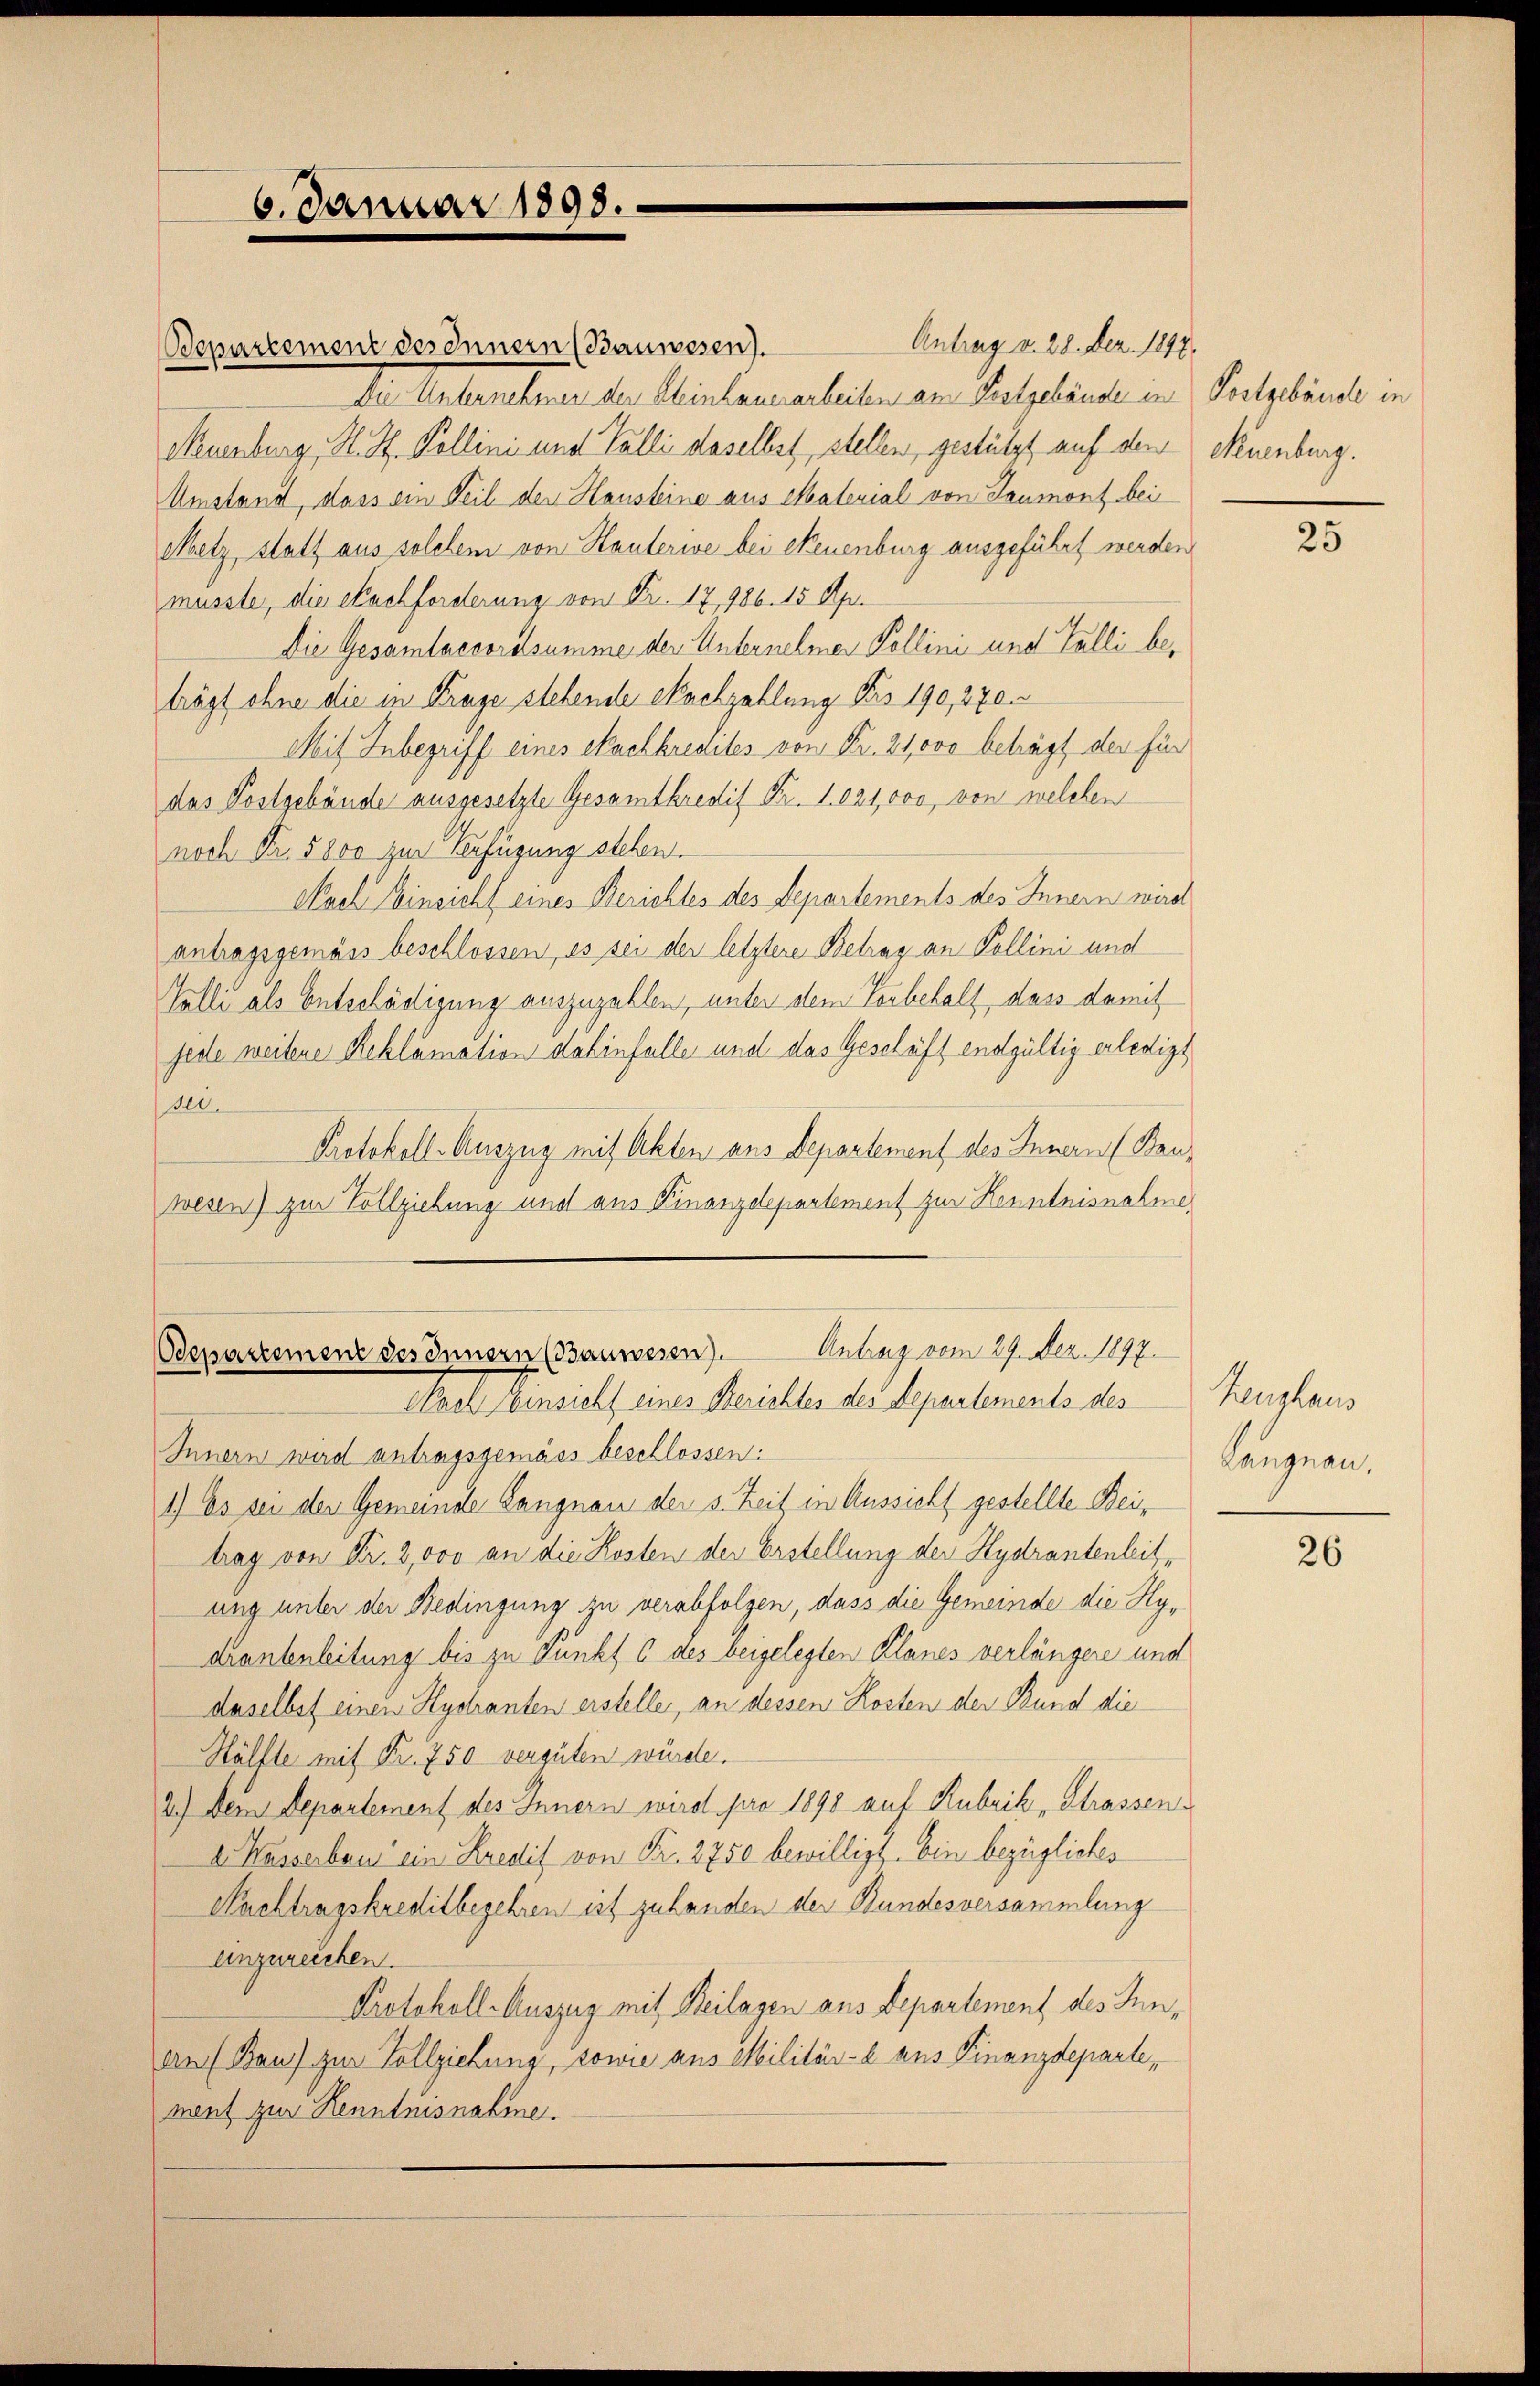
6. Januar 1898.

Antrag v. 28. Dez. 1847.
Bepartement des Innern (Bauwesen).
Die Unternehmer der Kleinhauerarbeiten am Postgebäude in Postgebäude in
Neuenburg S. St. Pollini und Palli daselbst, stellen, gestützt auf den
Umstand, dass ein Teil der Hausteine aus Material von Leumont bei
Metz, statt aus solchem von Hauterive bei Neuenburg ausgeführt werden
musste, die Nachforderung von Nr. 17, 986. 15 Apr.
Die Gesamtaccordsumme der Unternehmen Kollini und Talli beträgt ohne die in Frage stehende euchzahlung des 190, 270.
Mit Inbegriff eines Sachkredites von Fr. 21000 beträgt der für
das Postgebäude ausgesetzte Gesamtkredit Fr. 1021,000, von welchen
noch Fr. 5800 zur Verfügung stehen.
Nach Einsicht eines Berichtes des Departements des Innern wird
antragsgemäss beschlossen, es sei der letztere Betrag an Pollini und
Gelli als Entschädigung auszuzahlen, unter dem Vorbehalt, dass damit
jede weitere Reklamation dahinfalle und das Geschäft endgültig erledigt
de.
Protokoll- Auszug mit Akten aus Departement des Innern (Bruwesen) zur Vollziehung und aus Finanzdepartement zur Kenntnisnahme
Bepartement des Innern (Bauwesen). Antrag vom 29. Dez. 1897.
Nach Einsicht eines Berichtes des Departements des
Innern wird antragsgemäss beschlossen:
1.) Es sei der Gemeinde Langnau der s. Zeit in Aussicht gestellte Beitrag von Fr. 2,000 an die Kosten der Erstellung der Hydrantenleit,
ung unter der Bedingung zu verabfolgen, dass die Gemeinde die Hydranbeleitung bis zu Punkt C des beigelegten Planes verlängere und
daselbst einen Hychanten erstelle, an dessen Kosten der Bund die
Hälfte mit Fr. 750 vergüten würde.
2.) Dem Departement des Innern wird pro 1898 auf Rubrik „Strassend. Kasserbau ein Kredit von Fr. 2750 bewilligt. Ein bezügliches
Nachtragskreditbegehren ist zu handen der Bundesversammlung
einzureichen.
Protokoll-Auszug mit Beilagen aus Departement des In¬
Au (Bau) zur Vollziehung, sowie aus Militär-a aus Finanzdeparte,
ment zur Kenntnisnahme.

Neuenburg.

25

Heughaus
Langnau,

26